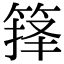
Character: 箨